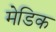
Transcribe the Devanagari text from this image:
मेडिक